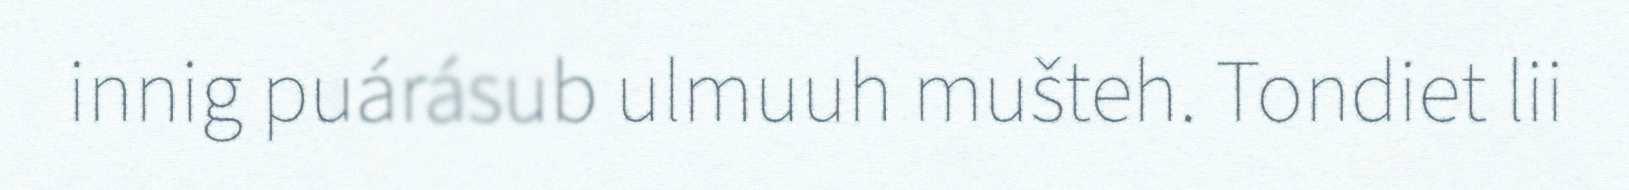
innig puárásub ulmuuh mušteh. Tondiet lii